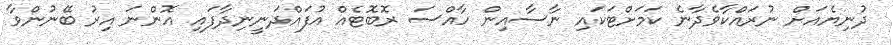
ދުނިޔެއަށް ނުރައްކާވެދާނެ ކަމަށްޓަކައި ނާސާއިން ހާއްސަ ރޮބޮޓެއް އުފައްދަނީނިދާފައި އޮންނަ އިރު ބޭނުންވާ